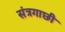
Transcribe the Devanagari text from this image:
संत्रगाछी